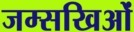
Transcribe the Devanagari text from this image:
जम्सखिओं